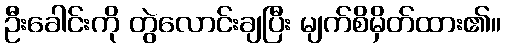
ဦးခေါင်းကို တွဲလောင်းချပြီး မျက်စိမှိတ်ထား၏။